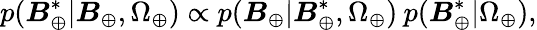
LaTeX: p(\boldsymbol{B}_{\oplus}^{*}|\boldsymbol{B}_{\oplus},\Omega_{\oplus})\propto p(\boldsymbol{B}_{\oplus}|\boldsymbol{B}_{\oplus}^{*},\Omega_{\oplus})\: p(\boldsymbol{B}_{\oplus}^{*}|\Omega_{\oplus}),